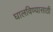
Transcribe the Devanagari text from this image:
घालविण्‍यासाठी